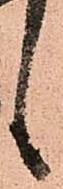
候